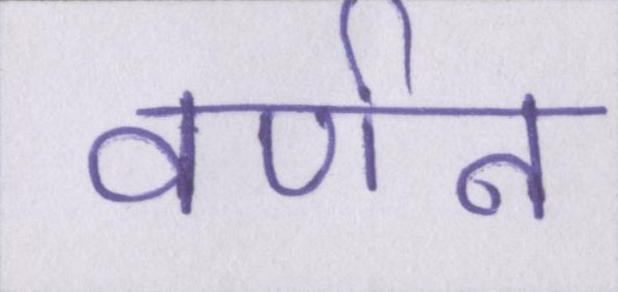
वर्णन